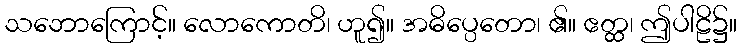
သဘောကြောင့်။ လောကောတိ၊ ဟူ၍။ အဓိပ္ပေတော၊ ၏။ ဧတ္ထ၊ ဤပါဠိ၌။